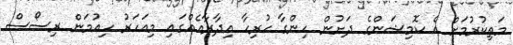
މަތިކުރުމަށް އެ ކޮމިޝަންގެ ދަށުން ހިންގާ ހުރިހާ އިދާރާއެއްގައި މިއަހަރު ހިއުމަން ރިސޯސް